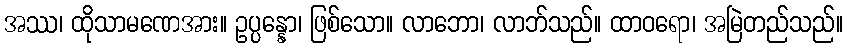
အဿ၊ ထိုသာမဏေအား။ ဥပ္ပန္နော၊ ဖြစ်သော။ လာဘော၊ လာဘ်သည်။ ထာဝရော၊ အမြဲတည်သည်။